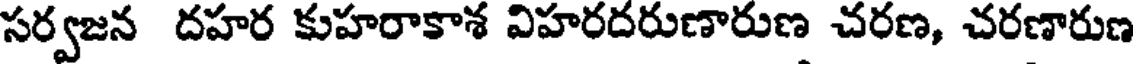
సర్వజన దహర కుహరాకాశ విహరదరుణారుణ చరణ, చరణారుణ